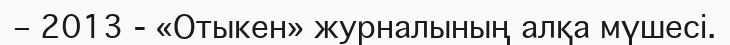
– 2013 - «Отыкен» журналының алқа мүшесі.